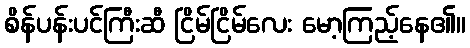
စိန်ပန်းပင်ကြီးဆီ ငြိမ်ငြိမ်လေး မော့ကြည့်နေ၏။